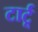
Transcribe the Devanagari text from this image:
टार्टू